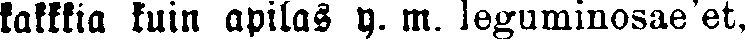
kaikkia kuin apilas y. m. leguminosae'et.